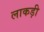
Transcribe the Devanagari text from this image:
लाकड़ी